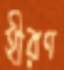
হীরণ